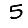
Digit: 5